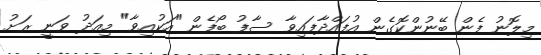
މިލޮނު ފެން ބޭނުންކޮގެން އުފައްދާފައިވާ ސާފު ބޯފެން "އަކުއިވާ" މިއަދު ވަނީ ރަށު